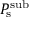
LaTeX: P _ { \mathrm { { s } } } ^ { \mathrm { { s u b } } }